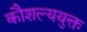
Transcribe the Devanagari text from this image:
कौशल्ययुक्त